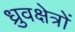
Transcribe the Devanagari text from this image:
ध्रुवक्षेत्रों